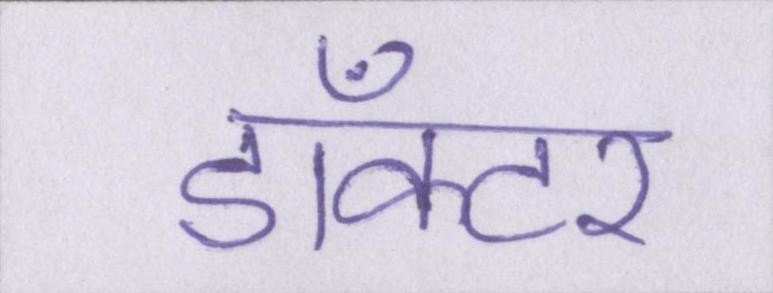
डाँक्टर